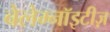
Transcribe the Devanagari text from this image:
बेलेम्नॉइटीज़